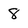
Character: 8